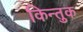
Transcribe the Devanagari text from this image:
किन्तुक